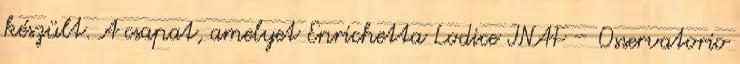
készült. A csapat, amelyet Enrichetta Lodice INAF – Osservatorio